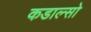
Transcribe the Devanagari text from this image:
कडाल्सो